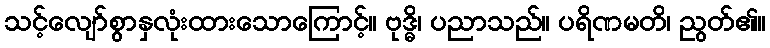
သင့်လျော်စွာနှလုံးထားသောကြောင့်။ ဗုဒ္ဓိ၊ ပညာသည်။ ပရိဏမတိ၊ ညွတ်၏။